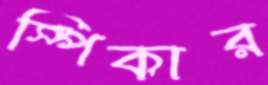
স্পিকার